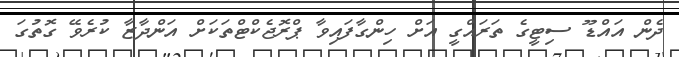
ދެން އައްޑޫ ސިޓީގެ ތަރައްގީ އަށް ހިންގާފައިވާ ޕްރޮޖެކްޓްތަކަށް އަންދާޒާ ކުރެވޭ ގޮތުގަ